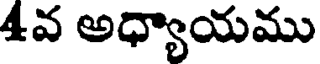
4వ అధ్యాయము